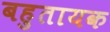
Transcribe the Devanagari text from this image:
बहुतायक